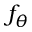
f _ { \theta }